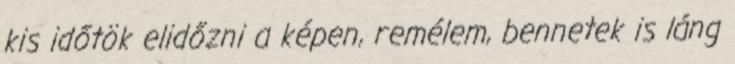
kis időtök elidőzni a képen, remélem, bennetek is láng